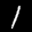
Label: 1